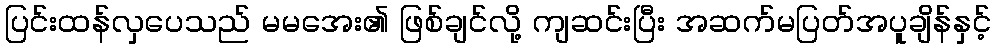
ပြင်းထန်လှပေသည် မမအေး၏ ဖြစ်ချင်လို့ ကျဆင်းပြီး အဆက်မပြတ်အပူချိန်နှင့်